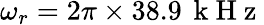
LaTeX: \omega_{r}=2\pi\times 38.9\, \mathrm{~k~H~z~}